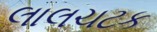
લાલચટક